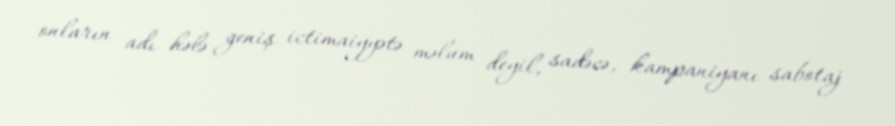
onların adı hələ geniş ictimaiyyətə məlum deyil, sadəcə, kampaniyanı sabotaj